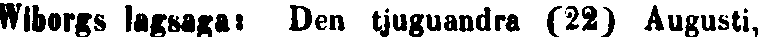
Wiborgs lagsaga: Den tjuguandra (22) Augusti,